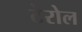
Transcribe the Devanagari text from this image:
टेरोल